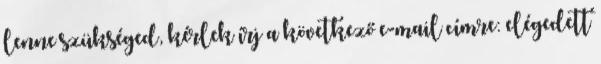
lenne szükséged, kérlek írj a következő e-mail címre: elégedett